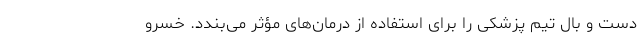
دست و بال تیم پزشکی را برای استفاده از درمان‌های مؤثر می‌بندد. خسرو